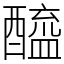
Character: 醯